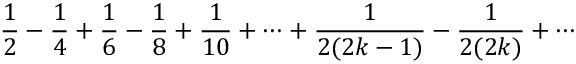
{ \frac { 1 } { 2 } } - { \frac { 1 } { 4 } } + { \frac { 1 } { 6 } } - { \frac { 1 } { 8 } } + { \frac { 1 } { 1 0 } } + \cdots + { \frac { 1 } { 2 ( 2 k - 1 ) } } - { \frac { 1 } { 2 ( 2 k ) } } + \cdots